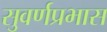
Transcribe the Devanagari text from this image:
सुवर्णप्रभास